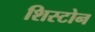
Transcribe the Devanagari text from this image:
शिस्टोन